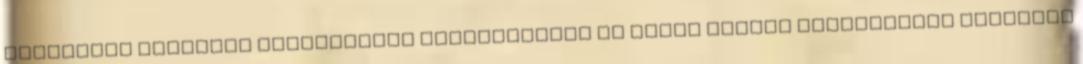
vonatkozó kötelező jótállással kapcsolatban az egyes tartós fogyasztási cikkekre